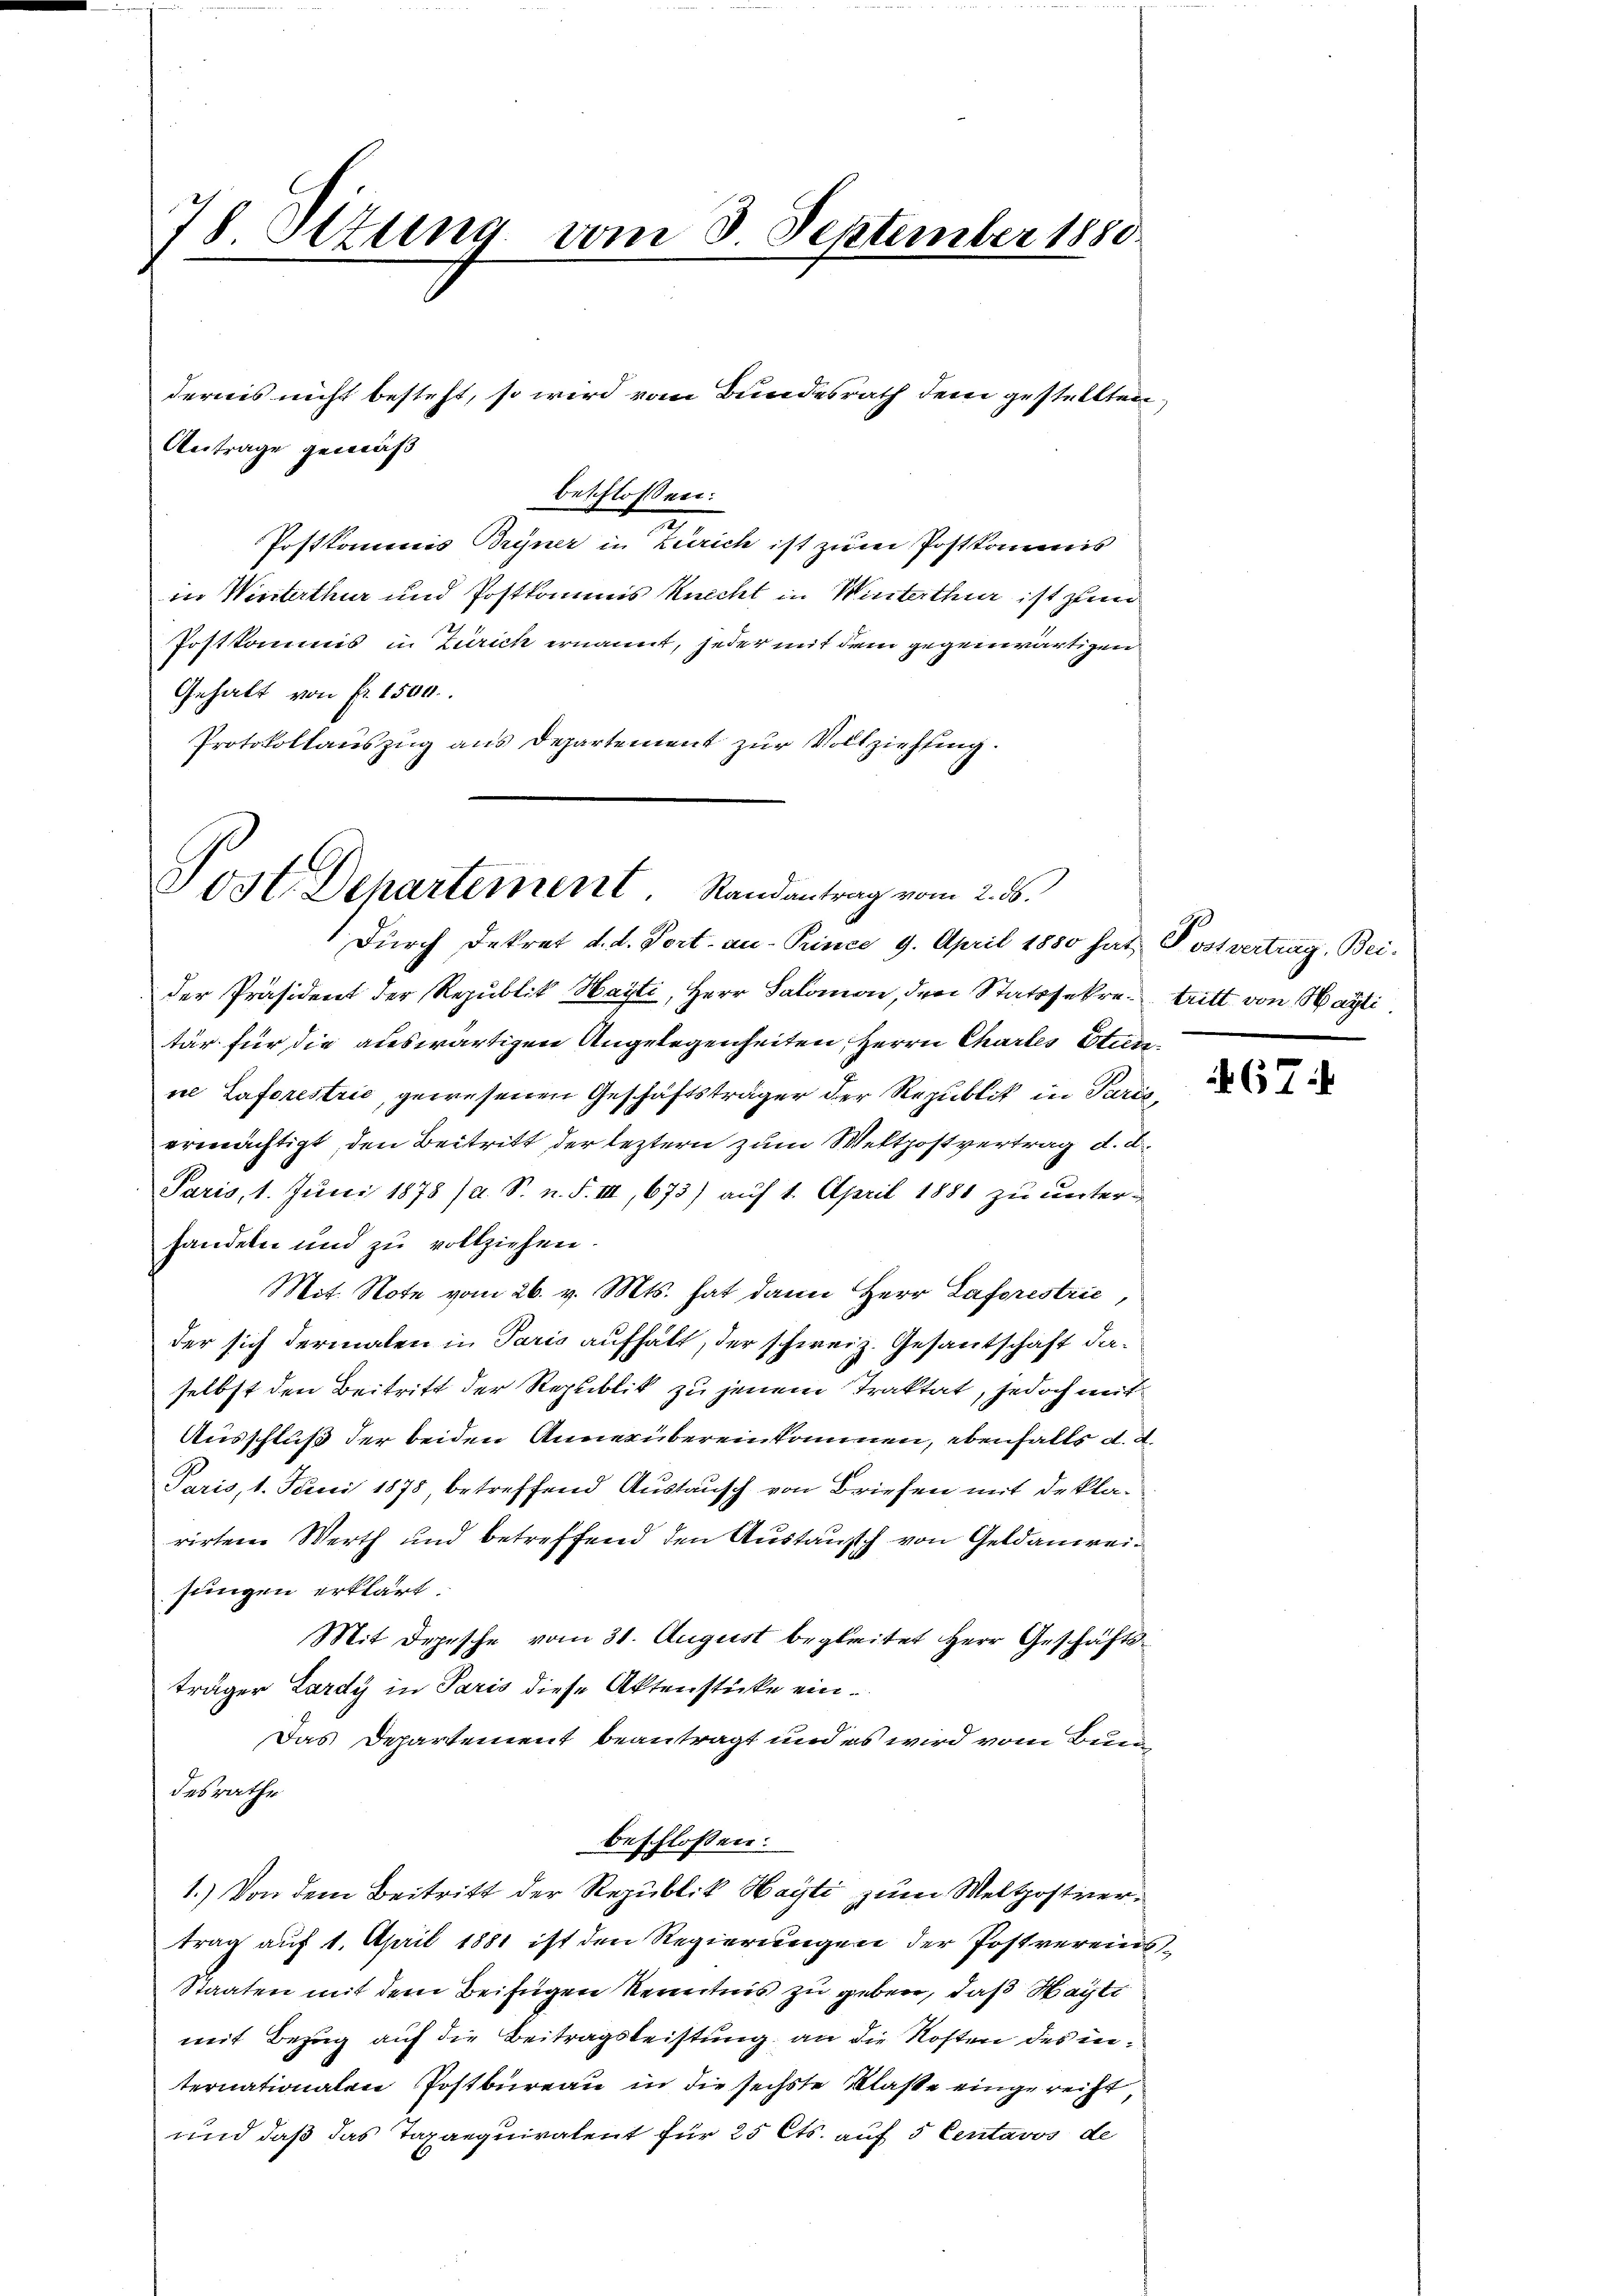
beschloßen:
Postkommnis Bryner in Zürich ist zum Postkommis
in Winterthur und Postkommis Knecht in Winterthur ist zum
Postkommis in Zürich ernannt, jeder mit dem gegenwärtigen
Gehalt von fr. 1500.
Protokollauszug aus Departement zur Vollziehung.

78 Ottung vom 8. September 1880

Antrage gemäß

dernis nicht besteht, so wird vom Bundesrath dem gestellten

Post. Dehartement Randantrag vom 2. ds.
Dŭrch Dekret d. d. Port. an Pince 9. April 1880 hat Postvertrag, Bei-

der Präsident der Republik Hayti, Herr Salomon, den Statssekre tritt von Marti
tär für die auswärtigen Angelegenheiten, Herrn Chartes Stunne Laforestrić, gewesenen Geschäftsträger der Republik in Puris
ermächtigt, den Beitritt der leztern zum Weltpostvertrag d. d.
Paris, 1. Juni 1878 (a. S. n. F. III, 673) auf 1. April 1881 zu unter-
handeln und zu vollziehen.
Mit. Note vom 26. v. Mts. hat dann Herr Laforestrić,
der sich dermalen in Paris aufhält, der schweiz. Gesantschaft daselbst den Beitritt der Republik zu jenem Traktat, jedoch mit
Ausschluß der beiden Anner übereinkommen, ebenfalls d. d.
Paris, 1. Juni 1878, betreffend Austausch von Briefen mit Deklarirten Werth und betreffend den Austausch von Geldanweijungen erklärt.
Mit Depesche vom 31. August begleitet Herr Geschäftsträger Lardy in Paris diese Aktenstücke ein¬
Das Departement beantragt und es wird vom Bund
desrathe
beschlossen:
1.) Von dem Beitritt der Republik Hayti zum Weltpostvertrag auf 1. April 1881 ist den Regierungen der Postvereint,
Staaten mit dem Beifügen Kenntnis zu geben, daß Waste
mit Bezug auf die Beitragsleistung an die Kosten des internationalen Postbureau in die sechste Klasse eingerecht,
und daß das Taxaequivalent für 25 Cts. auf 5 Centavos de

3

67: